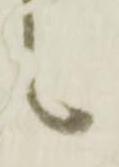
之